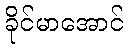
ခိုင်မာအောင်